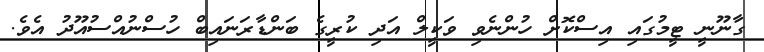
ގާނޫނީ ޓީމުގައި އިސްކޮށް ހުންނެވި ވަކީލް އަދި ކުރީގެ ބަންޑާރަނައިބް ހުސްނުއްސުއޫދު އެވެ.